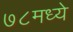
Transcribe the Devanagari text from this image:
७८मध्ये